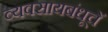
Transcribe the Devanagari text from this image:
व्यवसायबंधूचें